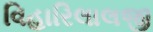
વિહારિલાલજી